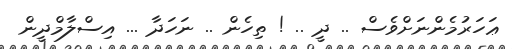
ޢަހަރުމެންނަށްވެސް .. ދީ .. ! ތިހެން .. ނަހަދާ ... އިސްލާމްދީން